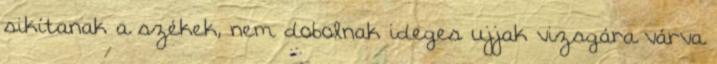
sikítanak a székek, nem dobolnak ideges ujjak vizsgára várva